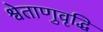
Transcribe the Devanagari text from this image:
श्वेताणुवृद्धि